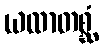
ယထာတစ္ဆံ